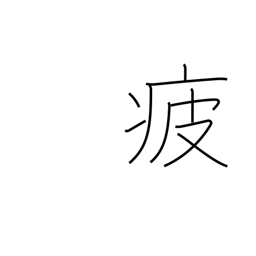
Meaning: weary